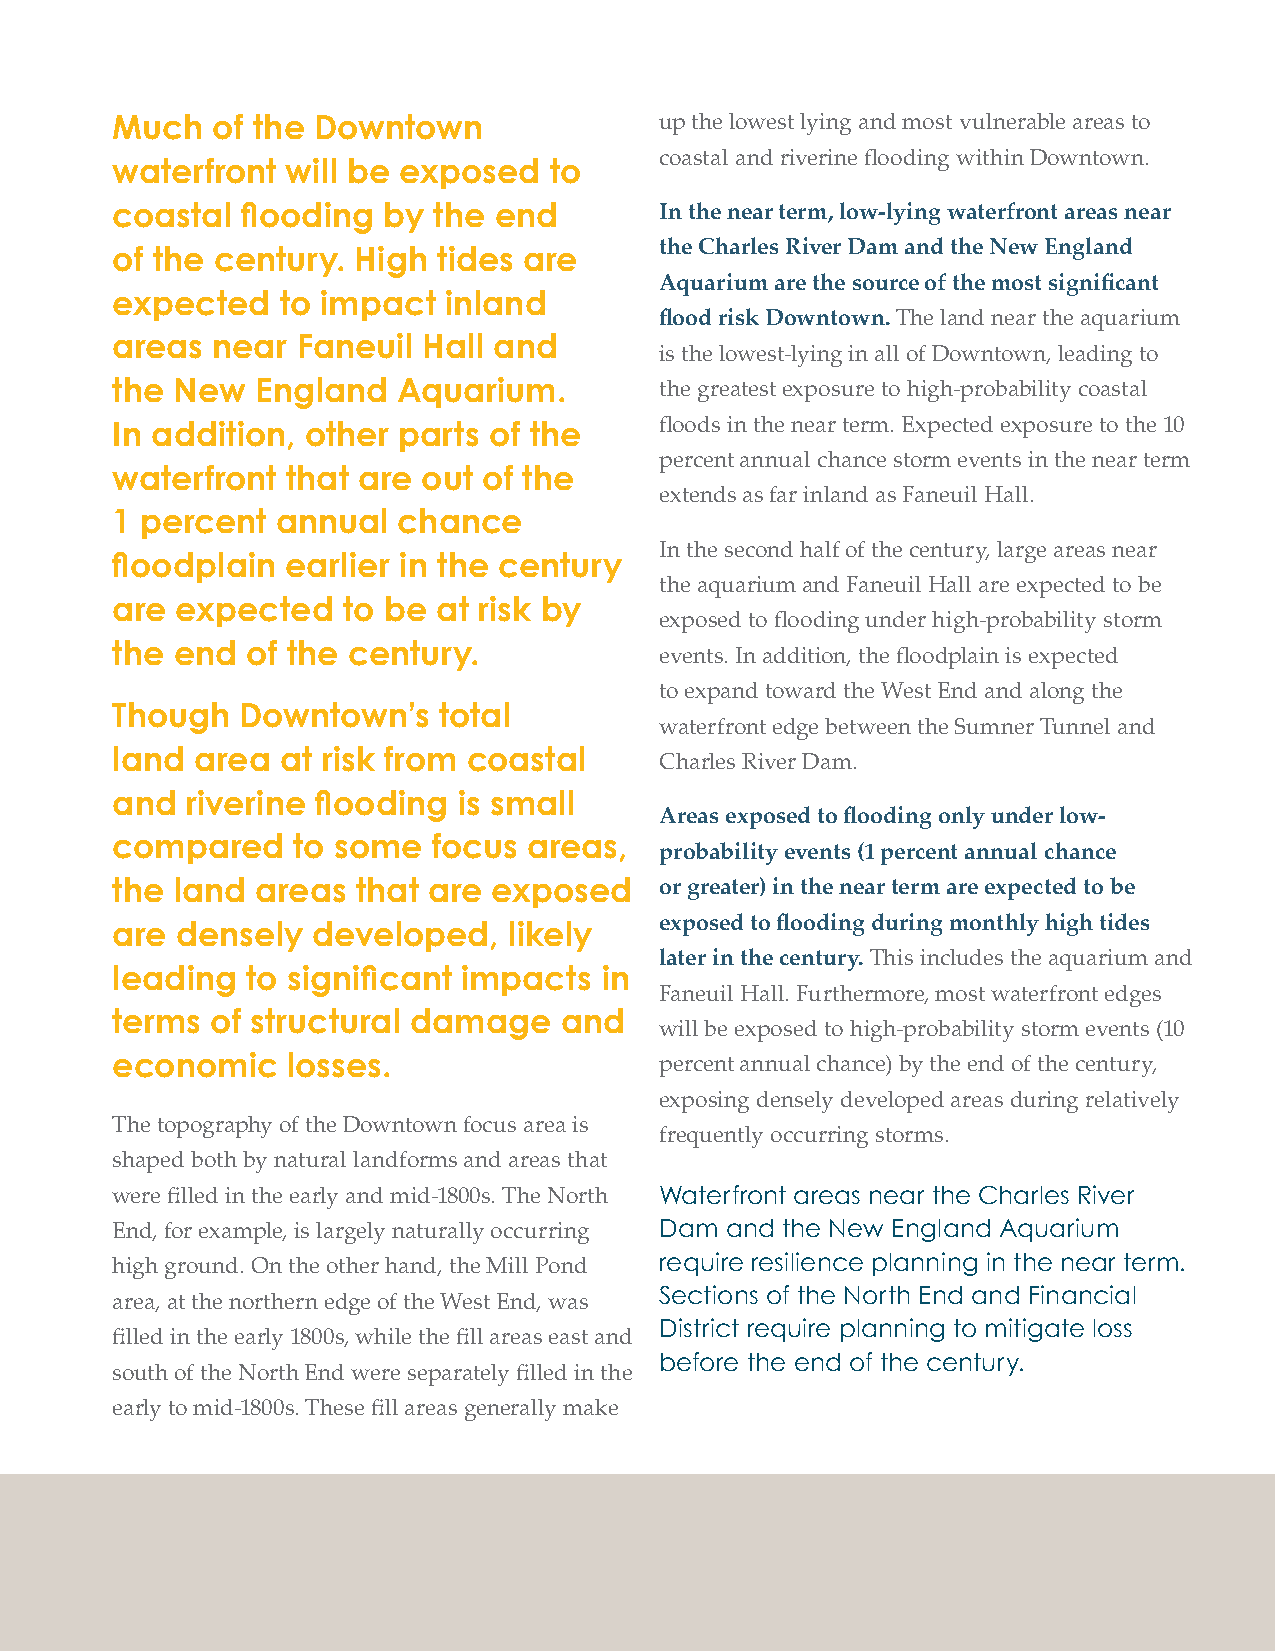
Much   of the Downtown               up the lowest lying and most vulnerable areas to
 coastal and riverine fl ooding within Downtown.
 waterfront  will be exposed  to
 coastal  fl ooding by the end        In the near term, low-lying waterfront areas near
 the Charles River Dam and the New England
 of the century. High  tides are
 Aquarium are the source of the most signifi cant
 expected    to impact inland
 fl ood risk Downtown. The land near the aquarium
 areas  near  Faneuil Hall and
 is the lowest-lying in all of Downtown, leading to
 the  New  England  Aquarium.         the greatest exposure to high-probability coastal
 fl oods in the near term. Expected exposure to the 10
 In addition, other parts of the
 percent annual chance storm events in the near term
 waterfront  that are out of the
 extends as far inland as Faneuil Hall.
 1 percent  annual  chance
 In the second half of the century, large areas near
 fl oodplain earlier in the century
 the aquarium and Faneuil Hall are expected to be
 are  expected   to be at risk by
 exposed to fl ooding under high-probability storm
 the  end of the century.             events. In addition, the fl oodplain is expected
 to expand toward the West End and along the
 Though   Downtown’s   total
 waterfront edge between the Sumner Tunnel and
 land  area  at risk from coastal     Charles River Dam.
 and  riverine fl ooding is small
 Areas exposed to fl ooding only under low-
 compared    to some   focus areas,
 probability events (1 percent annual chance
 the  land areas  that are exposed    or greater) in the near term are expected to be
 exposed to fl ooding during monthly high tides
 are  densely  developed,   likely
 later in the century. This includes the aquarium and
 leading  to signifi cant impacts in
 Faneuil Hall. Furthermore, most waterfront edges
 terms  of structural damage   and
 will be exposed to high-probability storm events (10
 economic    losses.                  percent annual chance) by the end of the century,
 exposing densely developed areas during relatively
 The topography of the Downtown focus area is
 frequently occurring storms.
 shaped both by natural landforms and areas that
 were fi lled in the early and mid-1800s. The North Waterfront areas near the Charles River
 End, for example, is largely naturally occurring Dam and the New England Aquarium
 high ground. On the other hand, the Mill Pond require resilience planning in the near term.
 area, at the northern edge of the West End, was Sections of the North End and Financial
 District require planning to mitigate loss
 fi lled in the early 1800s, while the fi ll areas east and
 before the end of the century.
 south of the North End were separately fi lled in the
 early to mid-1800s. These fi ll areas generally make
 220 City of Boston: Climate Ready Boston